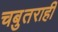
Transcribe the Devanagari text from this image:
चबुतराही